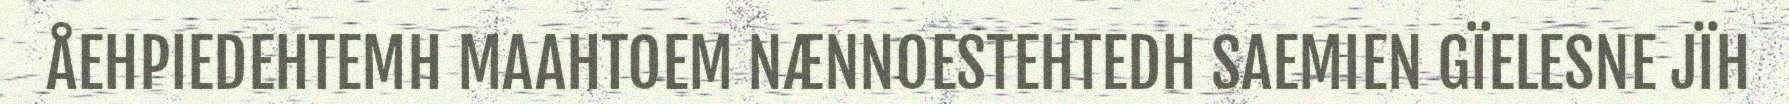
ÅEHPIEDEHTEMH MAAHTOEM NÆNNOESTEHTEDH SAEMIEN GÏELESNE JÏH